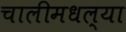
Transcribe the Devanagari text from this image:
चालीमधल्या